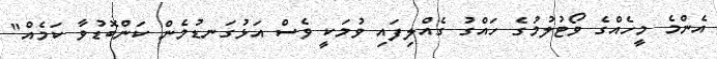
އެންމެ މީހެއްގެ ވޯޓުލުމުގެ ހައްގު ގެއްލިފައި ވުމަކީ ވެސް އަޅުގަނޑުމެން ކަންބޮޑުވާ ކަމެއް"